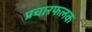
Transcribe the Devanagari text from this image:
प्रचारफलक